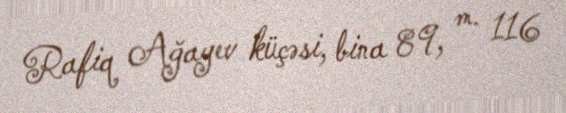
Rafiq Ağayev küçəsi, bina 89, m. 116